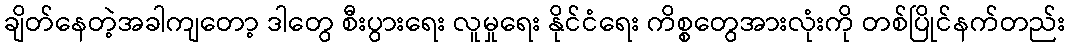
ချိတ်နေတဲ့အခါကျတော့ ဒါတွေ စီးပွားရေး လူမှုရေး နိုင်ငံရေး ကိစ္စတွေအားလုံးကို တစ်ပြိုင်နက်တည်း